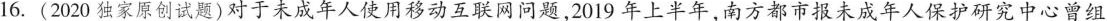
16. (2020独家原创试题)对于未成年人使用移动互联网问题，2019年上半年，南方都市报未成年人保护研究中心曾组